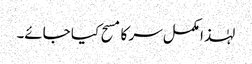
لہٰذا مکمل سر کا مسح کیا جائے۔